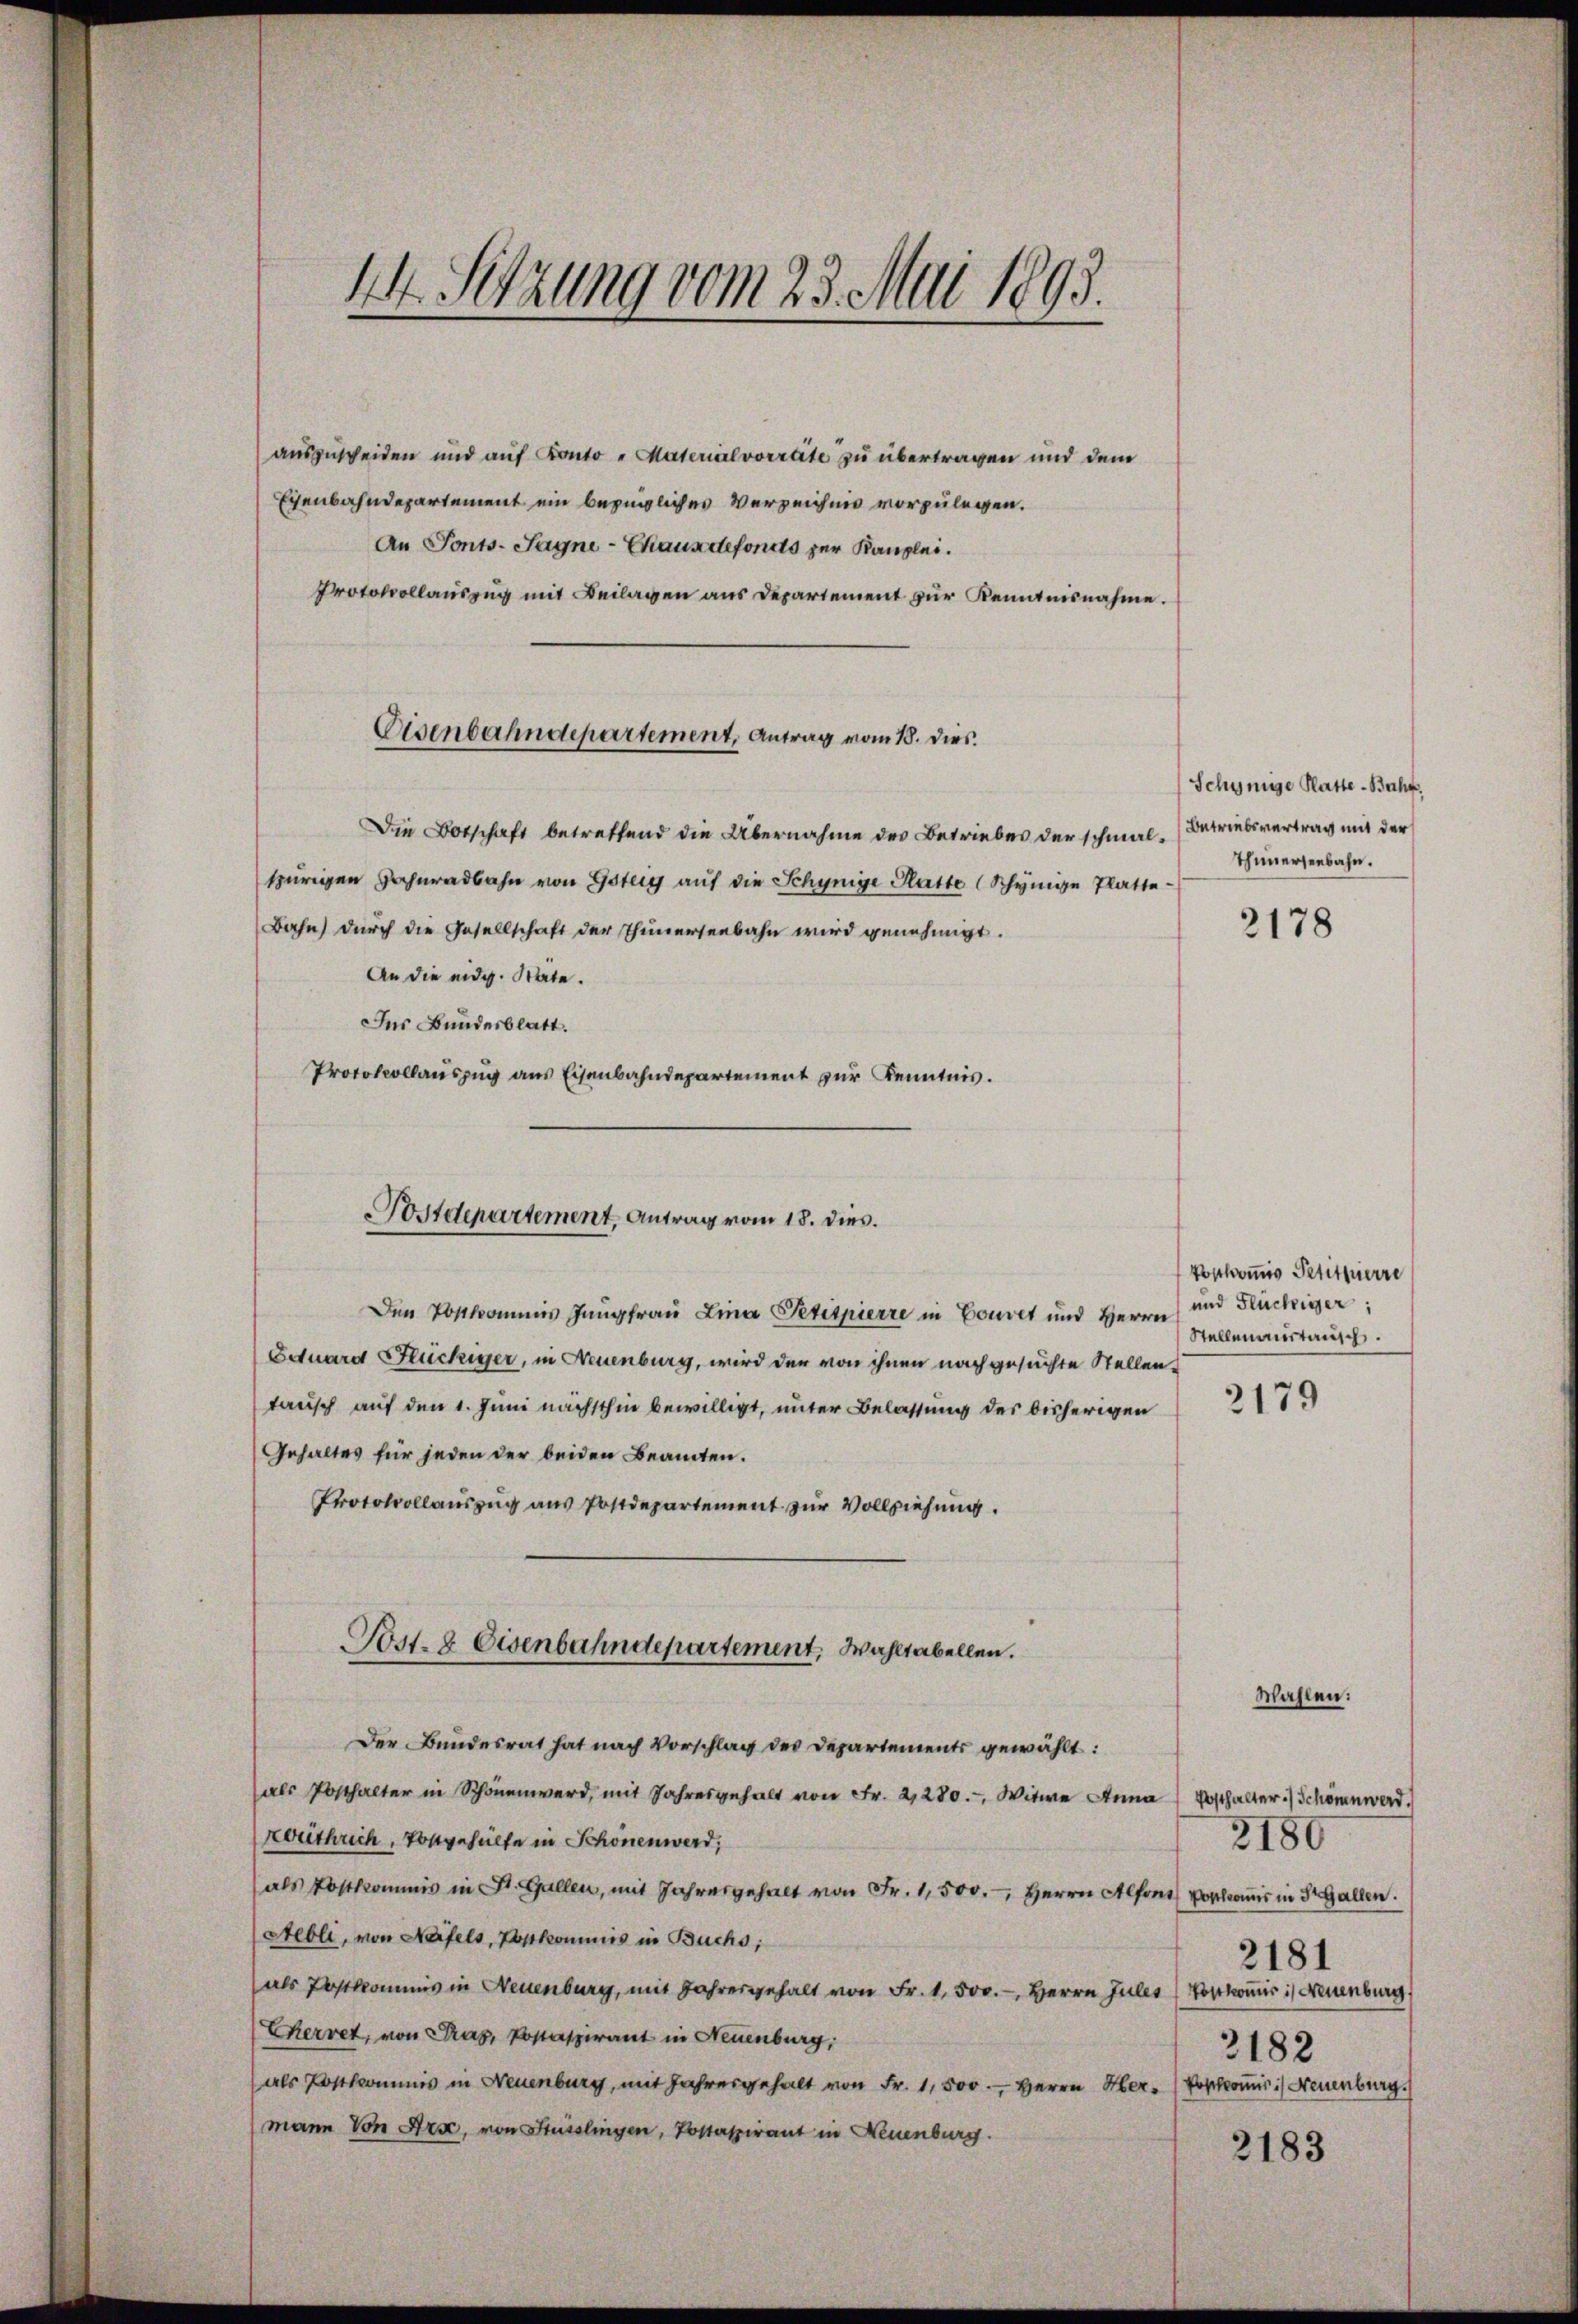
auszuscheiden und auf Konto " Materialvorräte zu übertragen und dem
Exenbahndepartement ein bezügliches Verzeichnis vorzulegen.
An Tonts. Sagne-Chaus defonds zur Kanzlei.
Protokollauszug mit Beilagen aus Departement zur Kenntnisnahme.

14. Setzung vom 23. Mai 1893.

Eisenbahndepartement, Antrag vom 18. dies

Die Botschaft betreffend die Übernahme des Betriebes der schmalspurigen Hahnradbahn von Göttig auf die Schynige Platte (Schynige Platte¬
Bahn durch die Gesellschaft der Thunerseebahn wird genehmigt.
An die eidg. Stäte.
Ins Bundesblatt.
Protokollauszug aus Eisenbahndepartement zur Kenntnis.
Den Postkommis Jungfrau Lina Petitpierre in Couret und Herrn
Eduard Flückiger, in Neuenburg, wird der von ihnen nachgesuchte Stellentausch auf den 1. Juni nächsthin bewilligt, unter Belassung des bisherigen 217
Gehaltes für jeden der beiden Beamten.
Protokollauszug aus Postdepartement zur Vollziehung.
Post- & Eisenbahndepartement, Wahltabellen.
Der Bundesrat hat nach Vorschlag des Departements gewählt:
als Posthalter in Schönenward, mit Jahresgehalt von Fr. 21280. Witwe Anna
Lothrich, Postgehülfe in Schönen werd,
(als Postkommis in St. Gallen, mit Jahresgehalt von Fr. 1,500.-, Herrn Alfons Poskomis in 3 Gallen.
Nebli, von Näfels, Porkommnis in Buchs,
(als Postkommnis in Neuenburg, mit Jahresgehalt von Fr. 1,500. - Herrn Jules (Vorkommis :/ Neuenburg
Cherret, von Pras, Postaspirant in Neuenburg,
(als Postkommis in Neuenburg, mit Jahresgehalt von Fr. 1,500. Herrn Her-Poskoṁis:) Neuenburg.
mann von Ara, von Stüsslingen, Postaspirant in Neuenburg.

Postdepartement, Antrag vom 18. dies.

Schynige Platte-Bachf
Betriebsvertrag mit der
Thimmerseebahn.

2178

Postkommis Petituierre
und Flüchtiger;
Stellenastausch.

Wahlen:
Posthalter ./ Schönen werd.
2181
3182

2180

2183